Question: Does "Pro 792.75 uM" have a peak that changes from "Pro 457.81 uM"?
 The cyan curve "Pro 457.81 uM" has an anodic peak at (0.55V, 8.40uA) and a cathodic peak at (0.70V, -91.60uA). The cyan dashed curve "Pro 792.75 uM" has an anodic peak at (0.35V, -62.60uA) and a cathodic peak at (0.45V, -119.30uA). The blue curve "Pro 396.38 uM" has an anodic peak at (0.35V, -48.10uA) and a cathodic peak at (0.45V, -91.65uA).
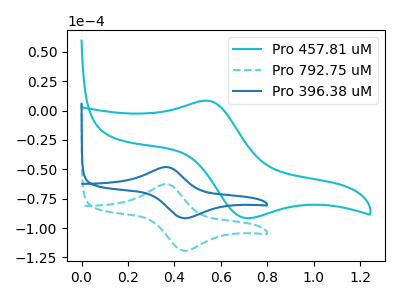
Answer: <think>"Pro 792.75 uM" and "Pro 457.81 uM" have at least one peak that do not match.
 </think>
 <answer>Yes, "Pro 792.75 uM" and "Pro 457.81 uM" are different in shape.</answer>
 <eval>yes_change</eval>